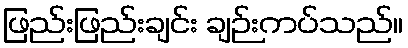
ဖြည်းဖြည်းချင်း ချဉ်းကပ်သည်။